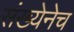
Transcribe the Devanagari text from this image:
संख्येनेच